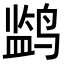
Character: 𬸡